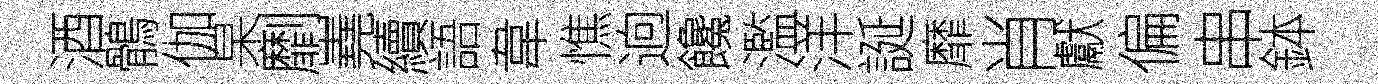
酒鶻伽杲劘嶤續語韋憔逈饞濫洋誕靡肖獻偏串鉢